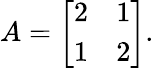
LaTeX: A={\left[\begin{array}{ll}{2}&{1}\\ {1}&{2}\end{array}\right]}.